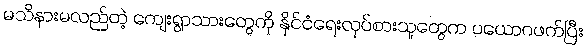
မသိနားမလည်တဲ့ ကျေးရွာသားတွေကို နိုင်ငံရေးလုပ်စားသူတွေက ပယောဂဖက်ပြီး